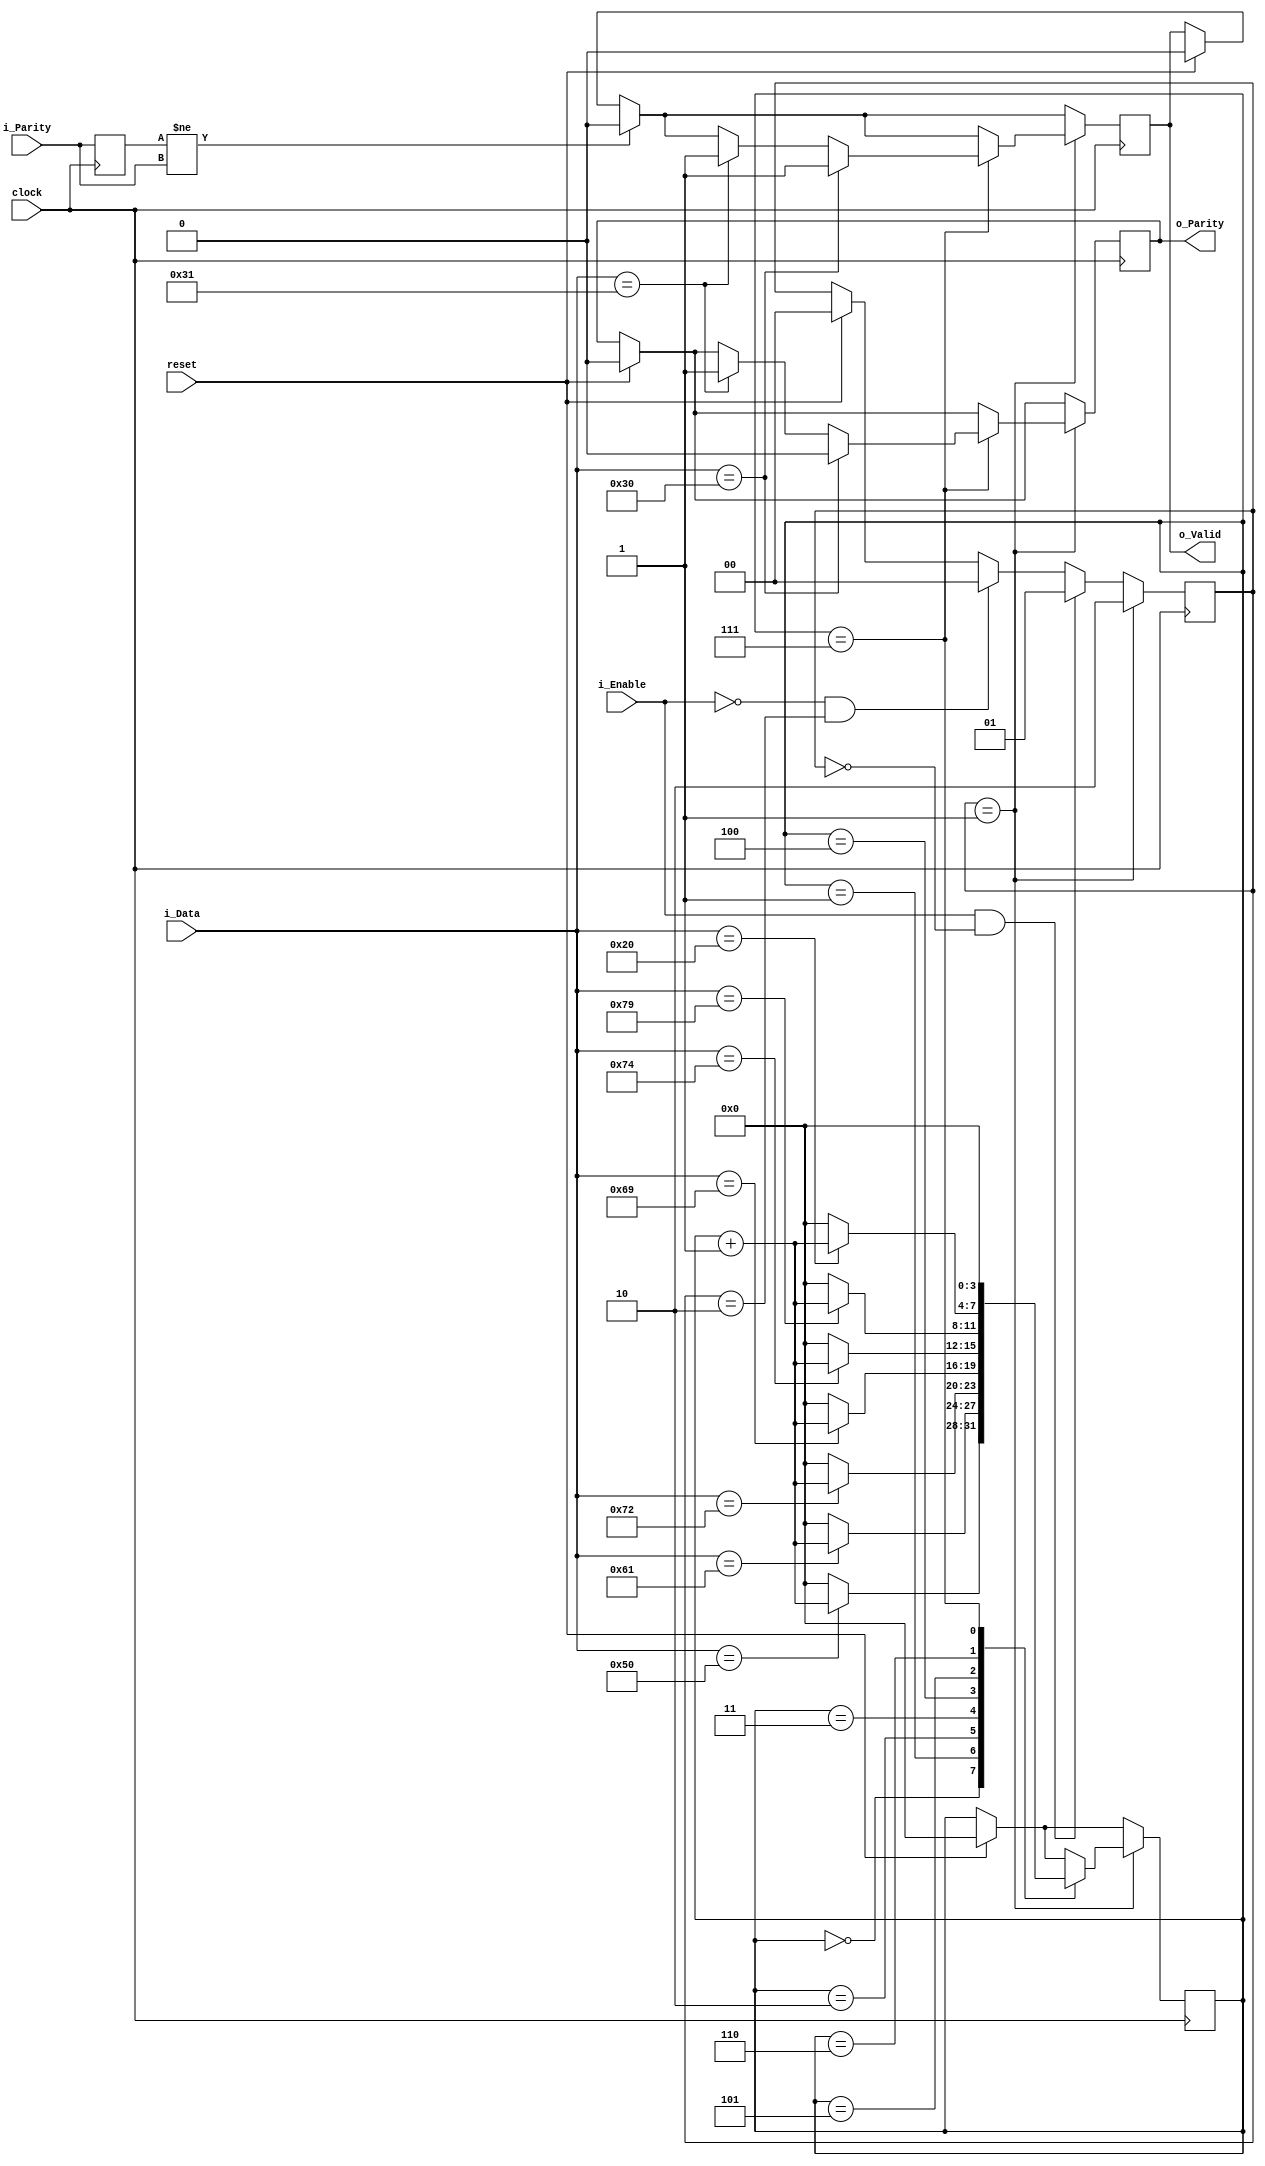
//////////////////////////////////////////////////
//////////////////////////////////////////////////
//////////////////////////////////////////////////
//////////////PARITY PHRASE DETECTOR//////////////
//////////////////////////////////////////////////
//////////////////////////////////////////////////
//////////////////////////////////////////////////
module parity_detector (
                        clock,
                        reset,                        
                        i_Data, 
                        i_Enable,
                        i_Parity,
                        o_Parity,
                        o_Valid                   
                        );

localparam Ascii_P          = 'h50;
localparam Ascii_a          = 'h61;
localparam Ascii_r          = 'h72;
localparam Ascii_i          = 'h69;
localparam Ascii_t          = 'h74;
localparam Ascii_y          = 'h79;
localparam Ascii_Space      = 'h20;


input clock;
input reset;
input [7:0] i_Data;
input i_Enable;
input i_Parity;


output o_Parity;
output o_Valid;

reg [3:0] r_State;
reg r_Parity;
reg r_Valid;
reg [1:0] r_isEnabled;
reg r_InputParity;

assign o_Valid = r_Valid;
assign o_Parity = r_Parity;


always @(posedge clock)
    begin
        if (reset)
            begin
                r_State     <= 'd0;        
                r_Valid     <= 'd0;  
                r_Parity    <= 'd0;      
                r_isEnabled <= 'd0;
            end        
        if (i_Enable == 'd1 && r_isEnabled == 'd0)
            begin
                r_isEnabled <= 'd1;                
            end
        else if (i_Enable == 'd0 && r_isEnabled == 'd2)
            begin
                r_isEnabled <= 'd0;
            end
        r_InputParity   <= i_Parity;
        if (r_InputParity != i_Parity)
            begin
                r_Valid     <= 'd0;  
            end
                
        if (r_isEnabled == 'd1)
            begin
                r_isEnabled <= 'd2;                
                case (r_State)
                    'd0:
                        begin                            
                            if (i_Data == Ascii_P)
                                begin
                                    
                                    r_State <= r_State + 'd1;
                                end
                            else
                                r_State <= 'd0;                    
                        end
                    'd1:
                        begin
                            if (i_Data == Ascii_a)
                                begin
                                    r_State <= r_State + 'd1;
                                end
                            else
                                r_State <= 'd0;                    
                        end
                    'd2:
                        begin
                            if (i_Data == Ascii_r)
                                begin
                                    r_State <= r_State + 'd1;
                                end
                            else
                                r_State <= 'd0;                    
                        end                  
                    'd3:
                        begin
                            if (i_Data == Ascii_i)
                                begin
                                    r_State <= r_State + 'd1;
                                end
                            else
                                r_State <= 'd0;                    
                        end
                    'd4:
                        begin
                            if (i_Data == Ascii_t)
                                begin
                                    r_State <= r_State + 'd1;
                                end
                            else
                                r_State <= 'd0;                    
                        end
                    'd5:
                        begin
                            if (i_Data == Ascii_y)
                                begin
                                    r_State <= r_State + 'd1;
                                end
                            else
                                r_State <= 'd0;                    
                        end            
                    'd6:
                        begin
                            if (i_Data == Ascii_Space)
                                begin
                                    r_State <= r_State + 'd1;
                                end
                            else
                                r_State <= 'd0;                    
                        end
                    'd7:
                        begin
                            if (i_Data == 'h30)
                                begin
                                    r_Valid     <= 'd1;
                                    r_Parity    <= 'd0;
                                end
                            else if (i_Data == 'h31)
                                begin
                                    r_Valid     <= 'd1;
                                    r_Parity    <= 'd1;
                                end                           
                            r_State <= 'd0;                            
                        end
                endcase
            end
    end
endmodule




//////////////////////////////////////////////////
//////////////////////////////////////////////////
//////////////////////////////////////////////////
////////////DATALENGTH PHRASE DETECTOR////////////
//////////////////////////////////////////////////
//////////////////////////////////////////////////
//////////////////////////////////////////////////
module datalength_detector (
                        clock,
                        reset,                        
                        i_Data, 
                        i_Enable,
                        o_Datalength,
                        o_Valid                   
                        );

localparam Ascii_D          = 'h44;
localparam Ascii_a          = 'h61;
localparam Ascii_t          = 'h74;
localparam Ascii_l          = 'h6c;
localparam Ascii_e          = 'h65;
localparam Ascii_n          = 'h6e;
localparam Ascii_g          = 'h67;
localparam Ascii_h          = 'h68;
localparam Ascii_Space      = 'h20;


input clock;
input reset;
input [7:0] i_Data;
input i_Enable;

output o_Datalength;
output o_Valid;

reg [4:0] r_State;
reg r_Datalength;
reg r_Valid;
reg [1:0] r_isEnabled;

assign o_Valid = r_Valid;
assign o_Datalength = r_Datalength;

always @(posedge clock)
    begin
        if (reset)
            begin
                r_State     <= 'd0;        
                r_Valid     <= 'd0;  
                r_Datalength<= 'd0;      
                r_isEnabled <= 'd0;                
            end        
        if (i_Enable == 'd1 && r_isEnabled == 'd0)
            begin
                r_isEnabled <= 'd1;                
            end
        else if (i_Enable == 'd0 && r_isEnabled == 'd2)
            begin
                r_isEnabled <= 'd0;
            end
        
        
                
        if (r_isEnabled == 'd1)
            begin
                r_isEnabled <= 'd2;                
                case (r_State)
                    'd0:
                        begin                            
                            if (i_Data == Ascii_D)
                                begin
                                    
                                    r_State <= r_State + 'd1;
                                end
                            else
                                r_State <= 'd0;                    
                        end
                    'd1:
                        begin
                            if (i_Data == Ascii_a)
                                begin
                                    r_State <= r_State + 'd1;
                                end
                            else
                                r_State <= 'd0;                    
                        end
                    'd2:
                        begin
                            if (i_Data == Ascii_t)
                                begin
                                    r_State <= r_State + 'd1;
                                end
                            else
                                r_State <= 'd0;                    
                        end                  
                    'd3:
                        begin
                            if (i_Data == Ascii_a)
                                begin
                                    r_State <= r_State + 'd1;
                                end
                            else
                                r_State <= 'd0;                    
                        end
                    'd4:
                        begin
                            if (i_Data == Ascii_l)
                                begin
                                    r_State <= r_State + 'd1;
                                end
                            else
                                r_State <= 'd0;                    
                        end
                    'd5:
                        begin
                            if (i_Data == Ascii_e)
                                begin
                                    r_State <= r_State + 'd1;
                                end
                            else
                                r_State <= 'd0;                    
                        end            
                    'd6:
                        begin
                            if (i_Data == Ascii_n)
                                begin
                                    r_State <= r_State + 'd1;
                                end
                            else
                                r_State <= 'd0;                    
                        end
                    'd7:
                        begin
                            if (i_Data == Ascii_g)
                                begin
                                    r_State <= r_State + 'd1;
                                end
                            else
                                r_State <= 'd0;                    
                        end
                    'd8:
                        begin
                            if (i_Data == Ascii_t)
                                begin
                                    r_State <= r_State + 'd1;
                                end
                            else
                                r_State <= 'd0;                    
                        end
                    'd9:
                        begin
                            if (i_Data == Ascii_h)
                                begin
                                    r_State <= r_State + 'd1;
                                end
                            else
                                r_State <= 'd0;                    
                        end                                                                                                
                    'd10:
                        begin
                            if (i_Data == Ascii_Space)
                                begin
                                    r_State <= r_State + 'd1;
                                end
                            else
                                r_State <= 'd0;                    
                        end
                    'd11:
                        begin
                            if (i_Data == 'h37)
                                begin                                    
                                    r_Datalength    <= 'd0;
                                    r_Valid     <= 'd1;
                                    //r_State         <= 'd12;                            
                                    //r_Wait  <=  1'b1;
                                end
                            else if (i_Data == 'h38)
                                begin                                    
                                    r_Datalength    <= 'd1;
                                    r_Valid     <= 'd1;
                                    //r_State         <= 'd12;                            
                                    //r_Wait  <=  1'b1;
                                end                          
                            r_State <= 'd0;                            
                        end
                endcase
            end
    end
endmodule

//////////////////////////////////////////////////
//////////////////////////////////////////////////
//////////////////////////////////////////////////
////////////BAUD RATE PHRASE DETECTOR/////////////
//////////////////////////////////////////////////
//////////////////////////////////////////////////
//////////////////////////////////////////////////
module baudrate_detector (
                        clock,
                        reset,                        
                        i_Data, 
                        i_Enable,
                        o_Baudrate,
                        o_Valid                   
                        );

localparam Ascii_B          = 'h42;
localparam Ascii_a          = 'h61;
localparam Ascii_u          = 'h75;
localparam Ascii_d          = 'h64;
localparam Ascii_r          = 'h72;
localparam Ascii_t          = 'h74;
localparam Ascii_e          = 'h65;
localparam Ascii_Space      = 'h20;


input clock;
input reset;
input [7:0] i_Data;
input i_Enable;

output o_Baudrate;
output o_Valid;

reg [4:0] r_State   = 'h0;
reg [1:0] r_Stage_State;
reg r_Baudrate;
reg r_Valid;
reg [1:0] r_isEnabled;

assign o_Valid = r_Valid;
assign o_Baudrate = r_Baudrate;

always @(posedge clock)
    begin
        if (reset)
            begin
                r_State         <= 'd0;
                r_Stage_State   <= 'd0;        
                r_Valid         <= 'd0;  
                r_Baudrate      <= 'd0;      
                r_isEnabled     <= 'd0;
            end        
        if (i_Enable == 'd1 && r_isEnabled == 'd0)
            begin
                r_isEnabled <= 'd1;                
            end
        else if (i_Enable == 'd0 && r_isEnabled == 'd2)
            begin
                r_isEnabled <= 'd0;
            end
        
        
                
        if (r_isEnabled == 'd1)
            begin
                r_isEnabled <= 'd2;
                case (r_Stage_State)
                    'd0:
                        begin
                            case (r_State)
                                'd0:
                                    begin                            
                                        if (i_Data == Ascii_B)
                                            begin
                                                
                                                r_State <= r_State + 'd1;
                                            end
                                        else
                                            r_State <= 'd0;                    
                                    end
                                'd1:
                                    begin
                                        if (i_Data == Ascii_a)
                                            begin
                                                r_State <= r_State + 'd1;
                                            end
                                        else
                                            r_State <= 'd0;                    
                                    end
                                'd2:
                                    begin
                                        if (i_Data == Ascii_u)
                                            begin
                                                r_State <= r_State + 'd1;
                                            end
                                        else
                                            r_State <= 'd0;                    
                                    end                  
                                'd3:
                                    begin
                                        if (i_Data == Ascii_d)
                                            begin
                                                r_State <= r_State + 'd1;
                                            end
                                        else
                                            r_State <= 'd0;                    
                                    end
                                'd4:
                                    begin
                                        if (i_Data == Ascii_r)
                                            begin
                                                r_State <= r_State + 'd1;
                                            end
                                        else
                                            r_State <= 'd0;                    
                                    end
                                'd5:
                                    begin
                                        if (i_Data == Ascii_a)
                                            begin
                                                r_State <= r_State + 'd1;
                                            end
                                        else
                                            r_State <= 'd0;                    
                                    end            
                                'd6:
                                    begin
                                        if (i_Data == Ascii_t)
                                            begin
                                                r_State <= r_State + 'd1;
                                            end
                                        else
                                            r_State <= 'd0;                    
                                    end
                                'd7:
                                    begin
                                        if (i_Data == Ascii_e)
                                            begin
                                                r_State <= r_State + 'd1;
                                            end
                                        else
                                            r_State <= 'd0;                    
                                    end                                                                                               
                                'd8:
                                    begin
                                        if (i_Data == Ascii_Space)
                                            begin
                                                r_State <= r_State + 'd1;
                                            end
                                        else
                                            r_State <= 'd0;                    
                                    end
                                'd9:
                                    begin
                                        if (i_Data == 'h39)
                                            begin
                                                r_Stage_State <= 'd1;                                                
                                            end
                                        else if (i_Data == 'h31)
                                            begin
                                                r_Stage_State <= 'd2;
                                            end                           
                                        r_State <= 'd0;                            
                                    end
                            endcase
                        end
                    'd1: //9600
                        begin
                            case (r_State)
                                'd0:
                                    begin
                                       if (i_Data == 'h36)
                                            begin
                                                r_State <= r_State + 'd1;
                                            end
                                        else
                                            r_State <= 'd0;   
                                    end
                                'd1:
                                    begin
                                       if (i_Data == 'h30)
                                            begin
                                                r_State <= r_State + 'd1;
                                            end
                                        else
                                            r_State <= 'd0;   
                                    end                                    
                                'd2:
                                    begin
                                       if (i_Data == 'h30)
                                            begin
                                                r_Valid         <= 'd1;                                                
                                                r_Baudrate      <= 'd0;
                                                r_Stage_State   <= 'd0;
                                            end                        
                                        r_State <= 'd0;   
                                    end
                            endcase
                        end
                    'd2: //115200
                        begin
                            case (r_State)
                                'd0:
                                    begin
                                       if (i_Data == 'h31)
                                            begin
                                                r_State <= r_State + 'd1;
                                            end
                                        else
                                            r_State <= 'd0;   
                                    end
                                'd1:
                                    begin
                                       if (i_Data == 'h35)
                                            begin
                                                r_State <= r_State + 'd1;
                                            end
                                        else
                                            r_State <= 'd0;   
                                    end                                    
                                'd2:
                                    begin
                                       if (i_Data == 'h32)
                                            begin
                                                r_State <= r_State + 'd1;
                                            end
                                        else
                                            r_State <= 'd0;   
                                    end
                                'd3:
                                    begin
                                       if (i_Data == 'h30)
                                            begin
                                                r_State <= r_State + 'd1;
                                                
                                            end
                                        else
                                            r_State <= 'd0;    
                                    end
                                'd4:
                                    begin

                                       if (i_Data == 'h30)
                                            begin
                                                r_Valid         <= 'd1;                                                
                                                r_Baudrate      <= 'd1;
                                                r_Stage_State   <= 'd0;                                                
                                            end                        
                                        r_State <= 'd0;   
                                    end                                                                        
                            endcase                        
                        end
                endcase
            end
    end
endmodule